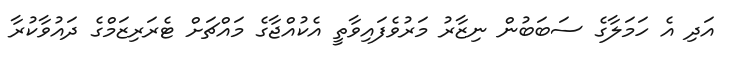
އަދި އެ ހަމަލާގެ ސަބަބުން ނިޒާރު މަރުވެފައިވާތީ އެކުއްޖާގެ މައްޗަށް ޓެރަރިޒަމްގެ ދައުވާކުރާ